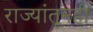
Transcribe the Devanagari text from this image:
राज्यांतूनही